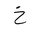
Letter: _kha